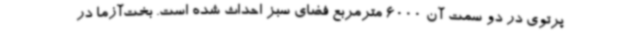
پرتوی در دو سمت آن 6000 مترمربع فضای سبز احداث شده است. بخت‌آزما در